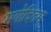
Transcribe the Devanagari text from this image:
मयोदितम्